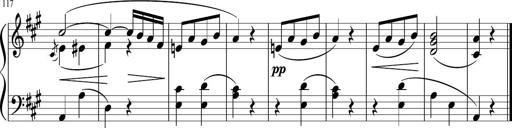
Title: 4 Sonatinas
Composer: Jacob Schmitt